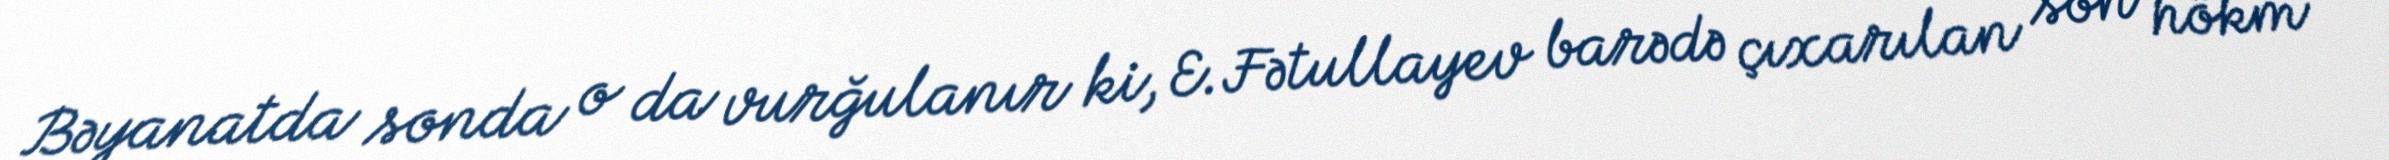
Bəyanatda sonda o da vurğulanır ki, E.Fətullayev barədə çıxarılan son hökm